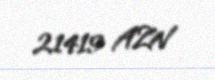
21419 AZN